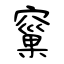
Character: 窼